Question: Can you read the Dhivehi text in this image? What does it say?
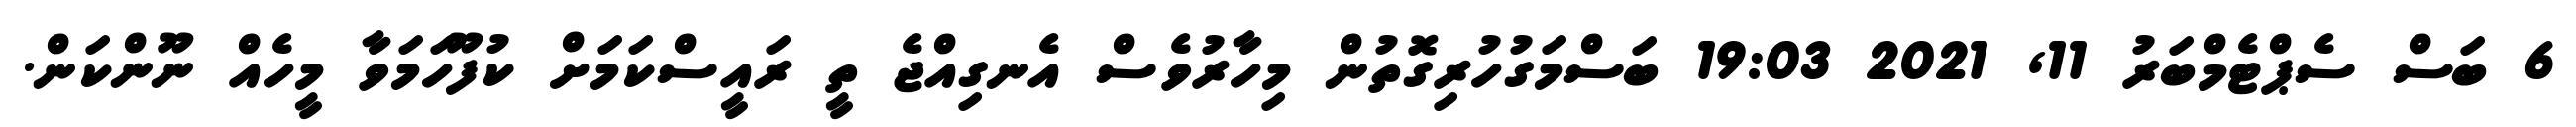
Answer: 6 ބަސް ސެޕްޓެމްބަރު 11, 2021 19:03 ބަސްމަގުހުރިގޮތުން މިހާރުވެސް އެނގިއްޖެ ތީ ރައީސްކަމަށް ކުފޫހަމަވާ މީހެއް ނޫންކަން.